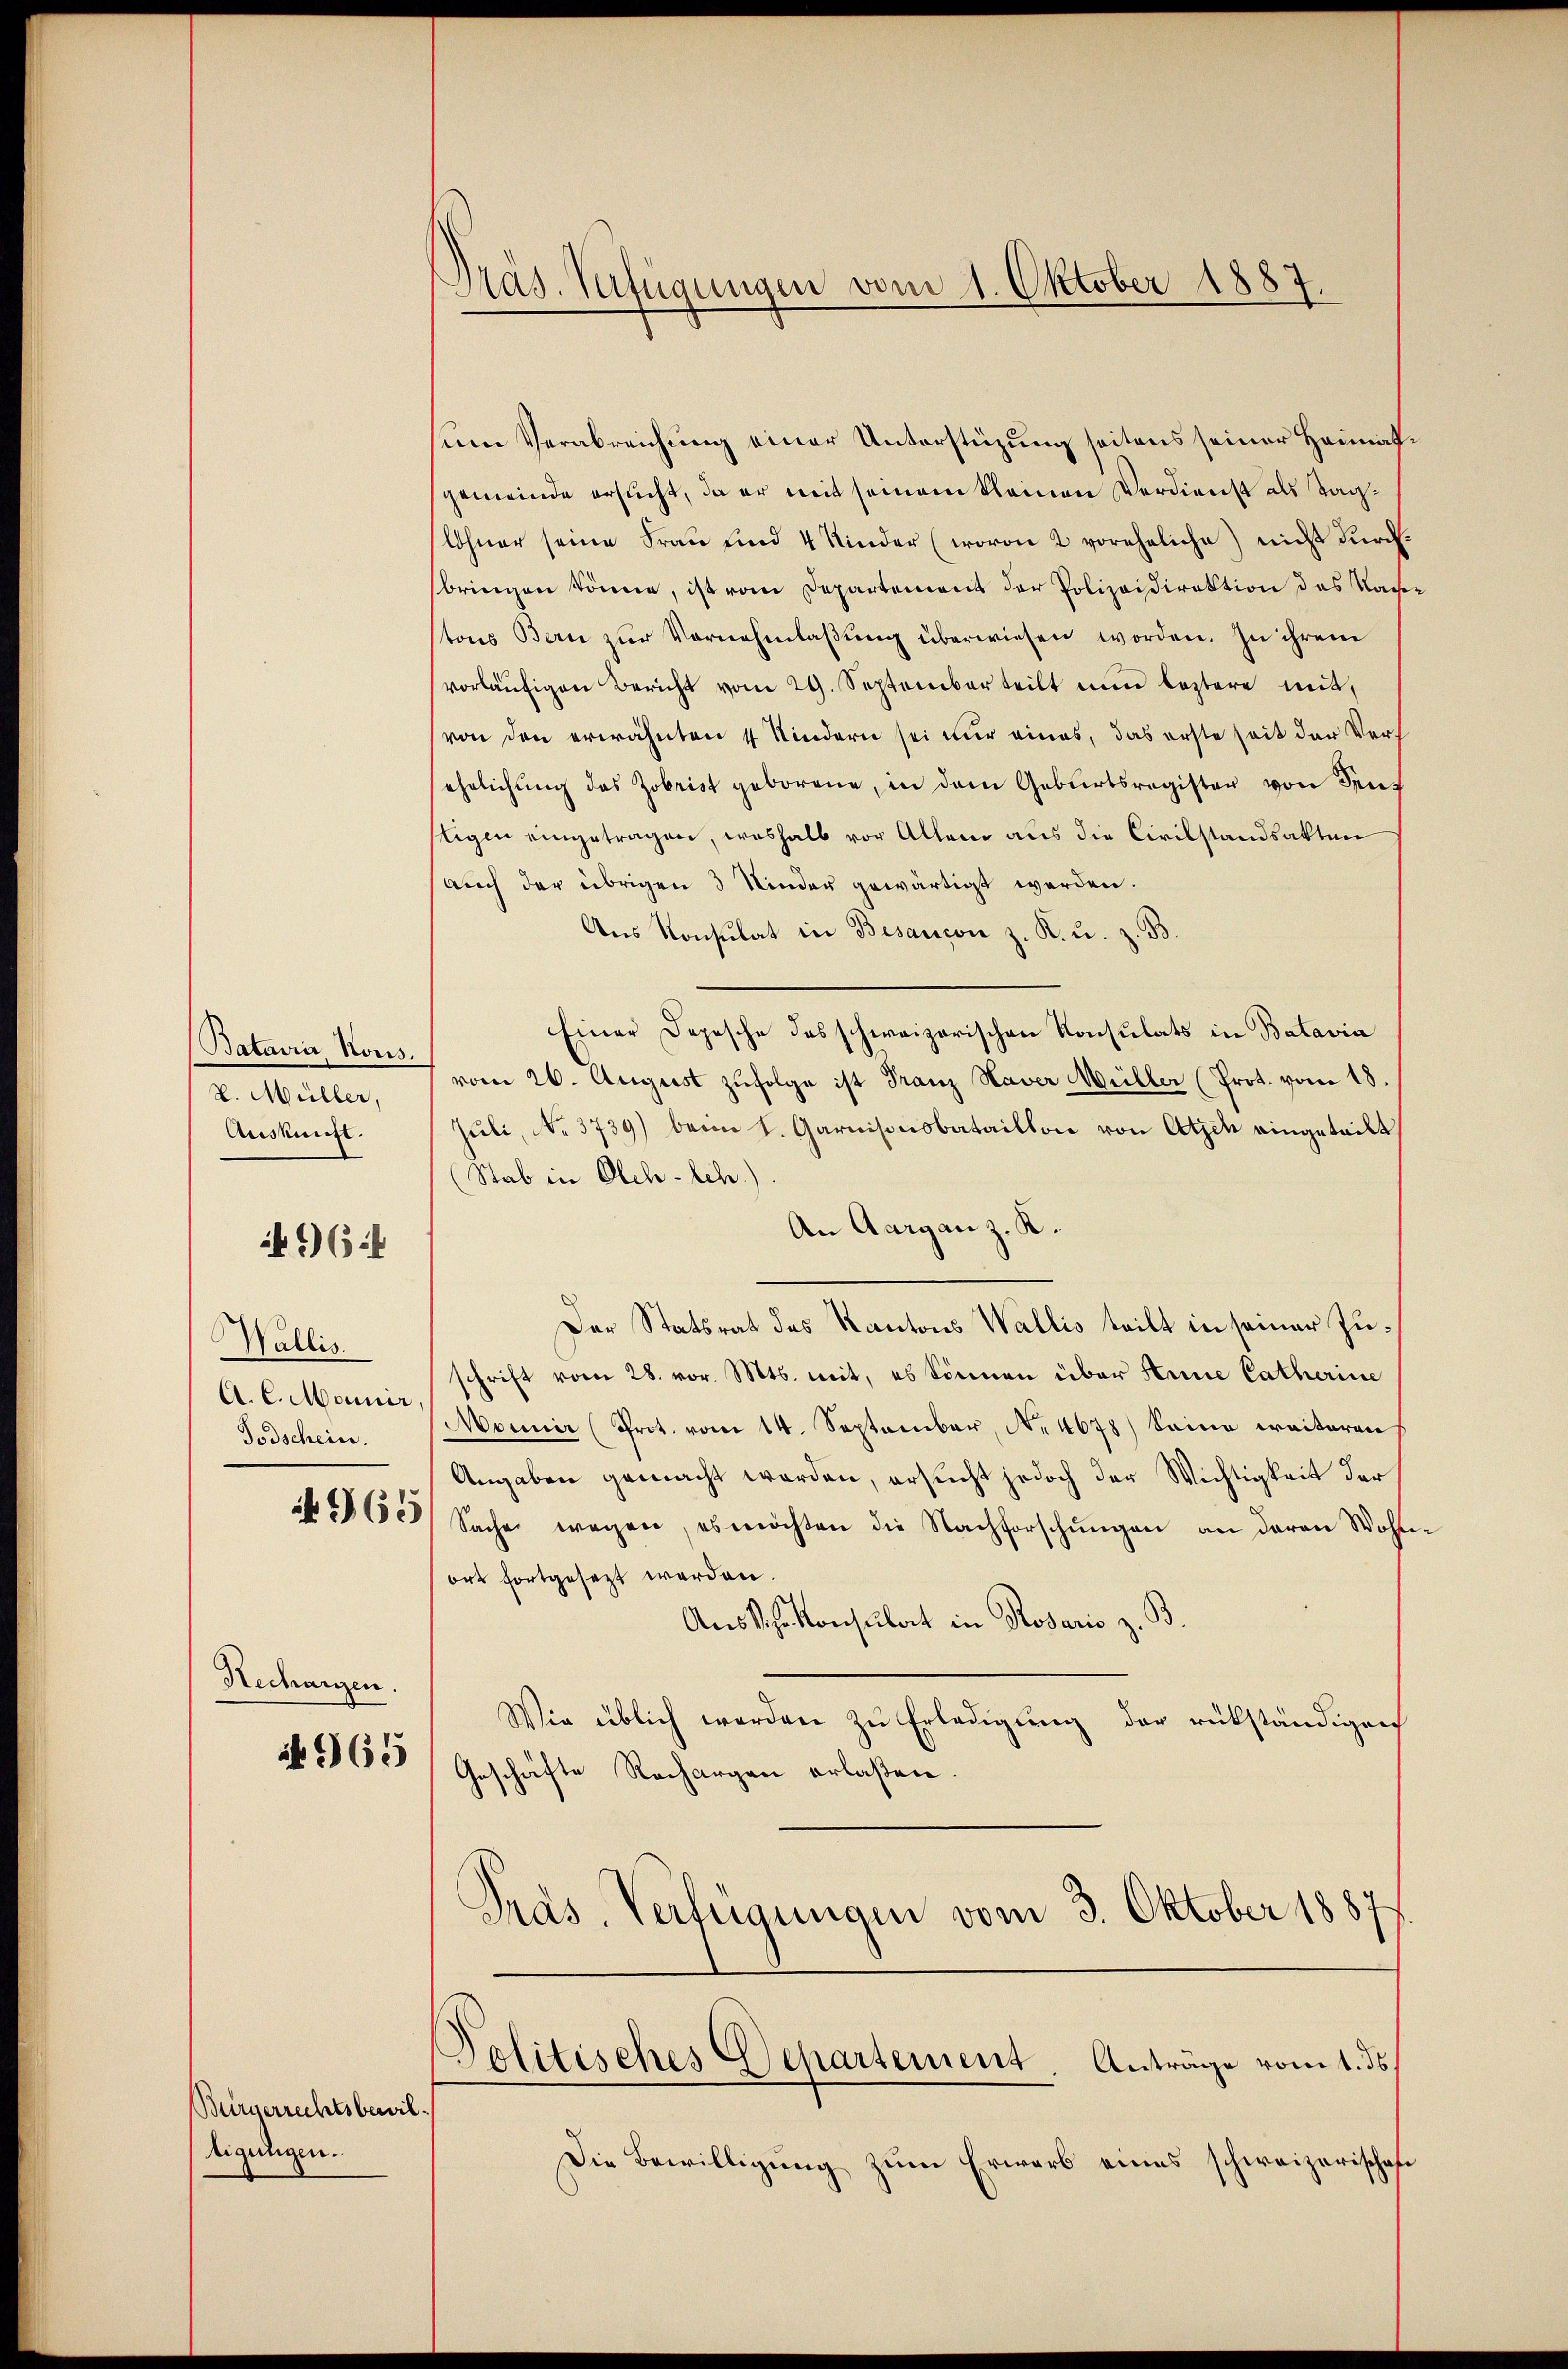
Batavia, Nous.
v. Müller,
Auskunft.

164

Wallis.
A. C. Manner,
Todschein.

960

Hechargen.

965

Bürgerrechtsbewiltigungen.

Präs. Verfügungen vom 1. Oktober 1887.

nene Verabreichung einer Unterstüzung seitens seiner Heimathgemeinde ersucht, da er mit seinem kleinen Verdienst als Taglohner seine Frau und 4 Kinder (wovon 2 voreheliche) nicht durchbringen könne, ist vom Departement der Polizeidirektion des Nachstons Bern zŭr Vernehmlaβŭng überwiesen worden. In ihrem
vorläŭfigen Bericht vom 29. Septemberteilt nun leztere mit,
von den erwähnten 4 Kindern sei nur eines, das erste seit der Verehelichung des Zobrist geborene, in dem Geburtsregister von deut
tigen eingetragen, weshalb vor Allem aus die Civilstandsakten
auch der übrigen 3 Kinder gewärtigt werden.
Aus Konsulat in Besançon z. K. u. z. B.
Einer Depesche das schweizerischen Konsulats in Batavia
vom 26. August zufolge ist Franz Haver Müller (Prot. vom 18.
Juli, No. 3739) beim k. Garnisonsbataillon von Atzen eingeteilt,
Stab in Olch-lch.)
An Aargau z. K.
Der Statsrat des Kantons Wallis teilt in seiner Zuschrift vom 28. vor. Mts. mit, es können über Anne Catherine
Monner (Prot. vom 14. September, N. 4678) Seine weiteren
Angaben gemacht werden, ersucht jedoch der Wichtigkeit der
Sache wegen, es möchten die Nachforschŭngen an daran Wohn
ort fortgesezt werden.
Aus d. h. konsulat in Rosario z. B.
Wie üblich werden zu Erledigung der rükständigen
Geschäfte Rechargen erlaßen.
Pras. Verfügungen vom 3. Oktober 18877.
Politisches Departement. Antrage vom 1. ds.
Die Bewilligung zum Erwarb eines schweizerisches